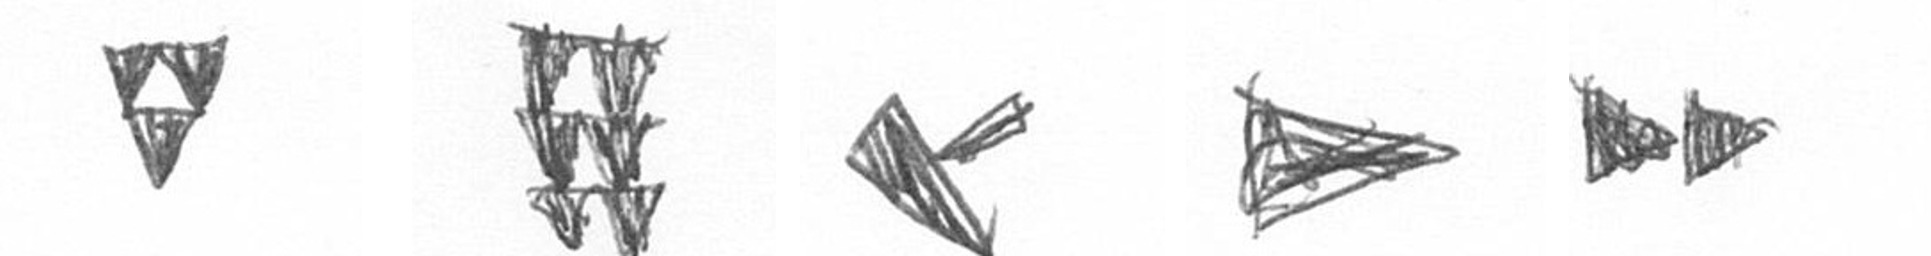
S Y F T A